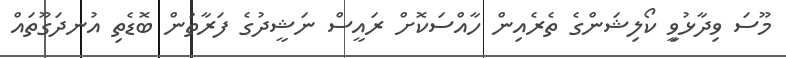
މޫސަ ވިދާޅުވިީ ކޯލިޝަންގެ ތެރެއިން ހާއްސަކޮށް ރައީސް ނަޝީދުގެ ފަރާތުން ބޮޑެތި އުނދަގޫތައް